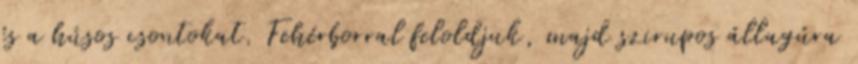
és a húsos csontokat. Fehérborral feloldjuk, majd szirupos állagúra